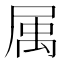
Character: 𡲇